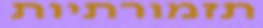
תזמורתיות